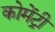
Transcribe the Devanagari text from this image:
कोमेंट्री